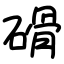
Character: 磆